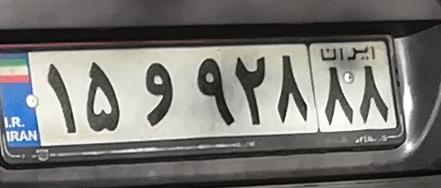
۱۵و۹۲۸۸۸